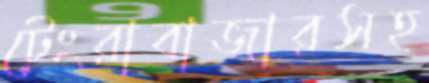
টেংরাবাজারসহ